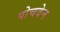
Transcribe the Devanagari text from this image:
पोचवेन